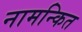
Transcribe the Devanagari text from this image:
नामन्कित